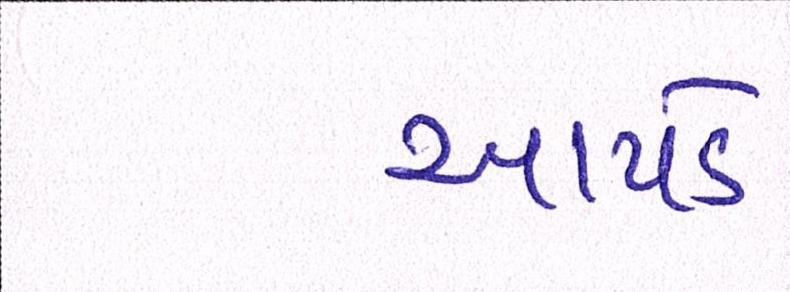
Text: આપડે